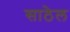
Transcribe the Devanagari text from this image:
साठेल